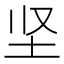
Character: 坚